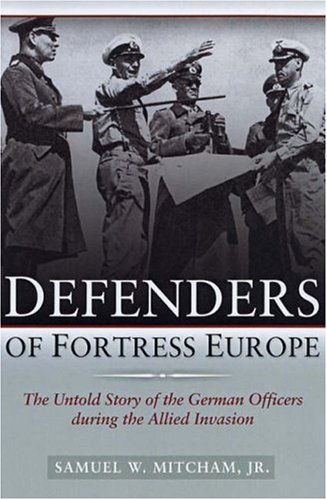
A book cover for Defenders of Fortress Europe: The Untold Story of the German Officers during the Allied Invasion; Jr. Samuel W. Mitcham; History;